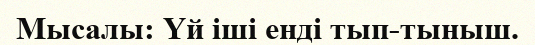
Мысалы: Үй іші енді тып-тыныш.